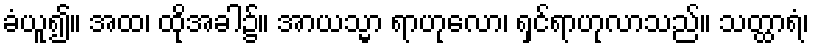
ခံယူ၍။ အထ၊ ထိုအခါ၌။ အာယသ္မာ ရာဟုလော၊ ရှင်ရာဟုလာသည်။ သတ္ထာရံ၊